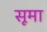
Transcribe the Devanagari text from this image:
सूमा